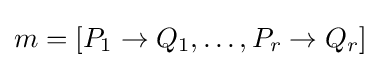
m=[P_{1}\to Q_{1},\ldots ,P_{r}\to Q_{r}]